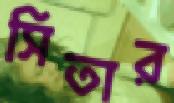
সিতার